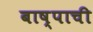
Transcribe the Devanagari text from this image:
बाष्पाची